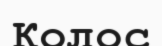
Колос